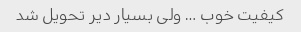
کیفیت خوب … ولی بسیار دیر تحویل شد